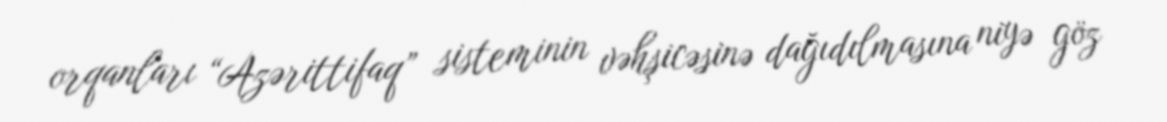
orqanları “Azərittifaq” sisteminin vəhşicəsinə dağıdılmasına niyə göz